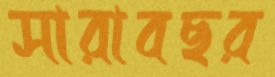
সারাবছর